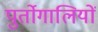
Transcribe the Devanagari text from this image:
पुर्तोगालियों